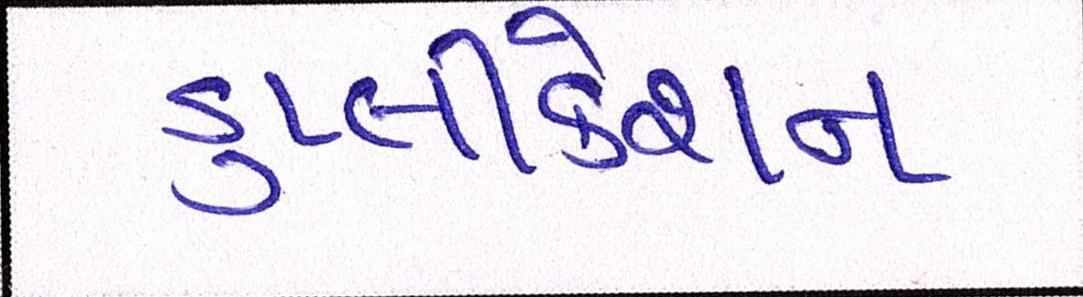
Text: ડુપ્લીકેશન